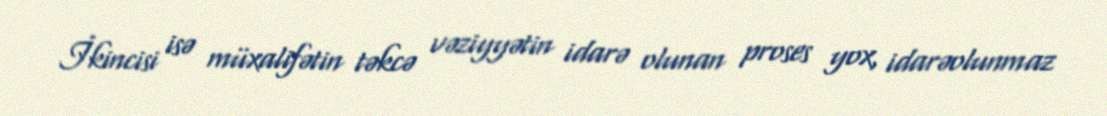
İkincisi isə müxalifətin təkcə vəziyyətin idarə olunan proses yox, idarəolunmaz